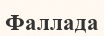
Фаллада